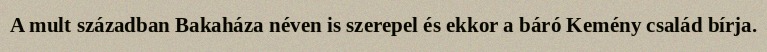
A mult században Bakaháza néven is szerepel és ekkor a báró Kemény család bírja.